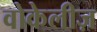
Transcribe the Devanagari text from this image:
वोकेलीज़